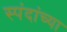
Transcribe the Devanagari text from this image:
स्पंदांच्या